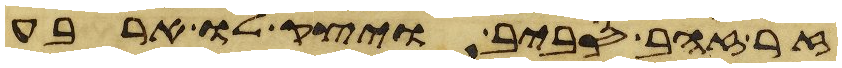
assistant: זר זהב סביב ויצק לו ארבע